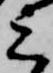
六